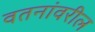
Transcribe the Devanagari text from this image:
वतनांवरील